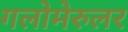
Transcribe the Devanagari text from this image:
गलोमेरुलर